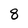
Character: 8